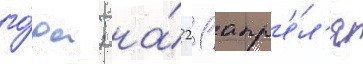
го́да; на́ 21 апр'е́л'я